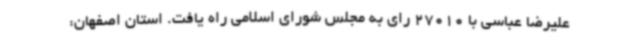
علیرضا عباسی با 27010 رای به مجلس شورای اسلامی راه یافت. استان اصفهان: